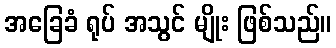
အခြေခံ ရုပ် အသွင် မျိုး ဖြစ်သည်။